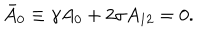
LaTeX: \bar { A } _ { 0 } \equiv \gamma A _ { 0 } + 2 \sigma A _ { 1 2 } = 0 .